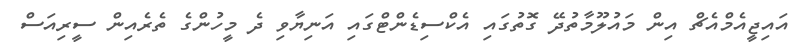
އައިޖީއެމްއެޗް އިން މައުލޫމާތުދޭ ގޮތުގައި އެކްސިޑެންޓްގައި އަނިޔާވި ދެ މީހުންގެ ތެރެއިން ސީރިއަސް